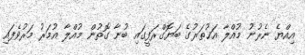
އިއްޔެ ނެރުނު މުއްލާ އަޚުތަރުގެ ބަޔޮގްރަފީގައި ބުނާ ގޮތުން މުއްލާ އުމަރު މަރުވެފައި